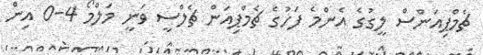
ޗެމްޕިއަންސް ލީގުގެ އެންމެ ފަހުގެ ޗެމްޕިއަން ޗެލްސީ ވަނީ މަލްމޯ 4-0 އިން